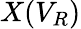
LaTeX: X(V_{R})